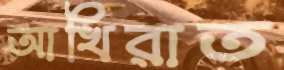
আখিরাত